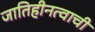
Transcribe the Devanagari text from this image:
जातिहीनत्वाची